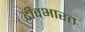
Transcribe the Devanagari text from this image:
दीवभारत